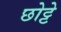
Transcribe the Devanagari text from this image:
छोट्टे